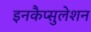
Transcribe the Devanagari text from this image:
इनकैप्सुलेशन